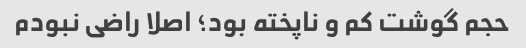
حجم گوشت کم و ناپخته بود؛ اصلا راضی نبودم